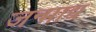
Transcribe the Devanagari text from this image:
जन्माद्य